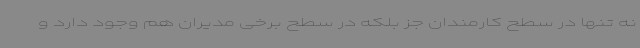
نه تنها در سطح کارمندان جز بلکه در سطح برخی مدیران هم وجود دارد و